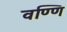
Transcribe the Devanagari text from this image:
वण्णि